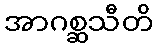
အာဂစ္ဆသီတိ